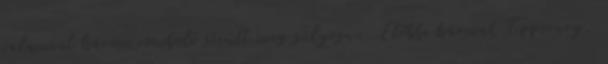
valamint három romboló sérült meg súlyosan. Előbbi hármat Tipperary,